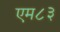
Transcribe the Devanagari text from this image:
एम८३